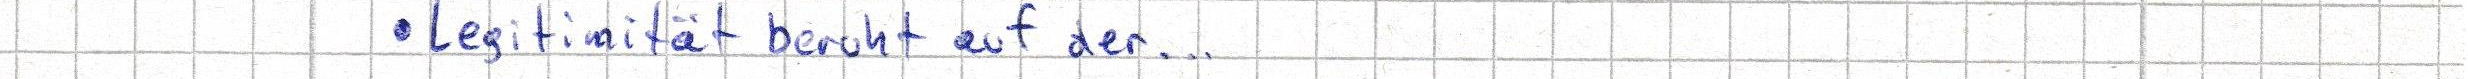
Legitimität beruht auf der...